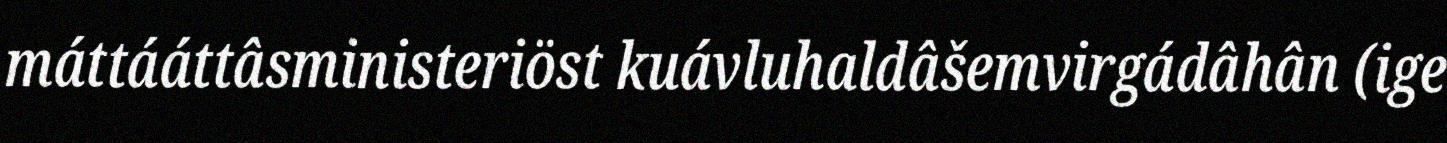
máttááttâsministeriöst kuávluhaldâšemvirgádâhân (ige